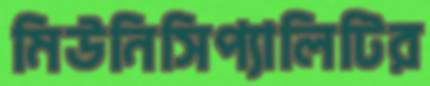
মিউনিসিপ্যালিটির